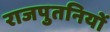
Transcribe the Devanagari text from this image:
राजपुतनियों